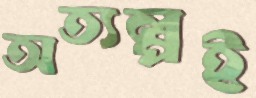
অত্যল্পই